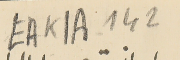
EAK1A-142